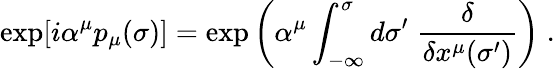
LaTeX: \exp[i\alpha^{\mu}p_{\mu}(\sigma)]=\exp\left(\alpha^{\mu}\int_{-\infty}^{\sigma}d\sigma^{\prime}\; \frac{\delta}{\delta x^{\mu}(\sigma^{\prime})}\right)\; .